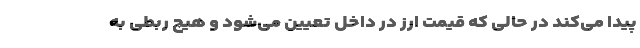
پیدا می‌کند در حالی که قیمت ارز در داخل تعیین می‌شود و هیچ ربطی به